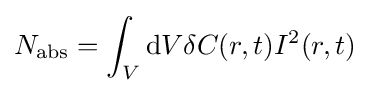
N_{\rm {abs}}=\int _{V}\mathrm {d} V\delta C(r,t)I^{2}(r,t)